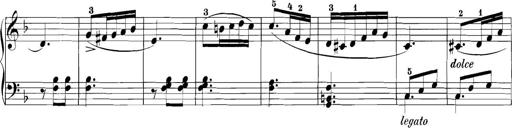
Title: 3 Sonatinas
Composer: Carl Reinecke